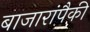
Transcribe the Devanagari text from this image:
बाजारांपैकी